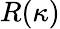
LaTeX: R(\kappa)